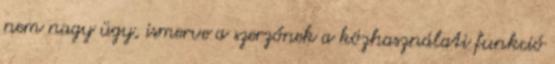
nem nagy ügy, ismerve a szerzőnek a közhasználati funkció